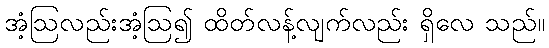
အံ့ဩလည်းအံ့ဩ၍ ထိတ်လန့်လျက်လည်း ရှိလေ သည်။